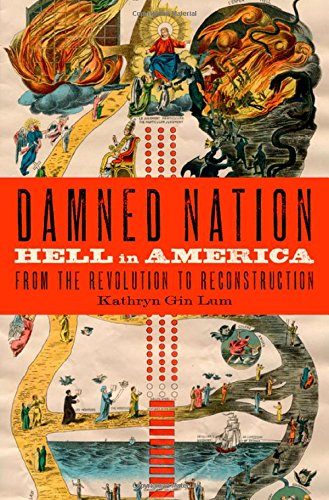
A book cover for Damned Nation: Hell in America from the Revolution to Reconstruction; Kathryn Gin Lum; History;